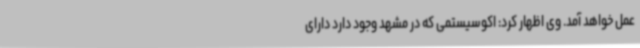
عمل خواهد آمد. وی اظهار کرد: اکوسیستمی که در مشهد وجود دارد دارای